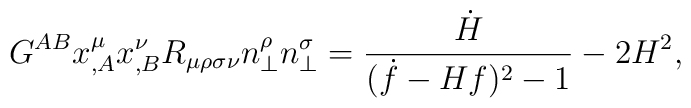
G^{AB}x^\mu_{,A}x^\nu_{,B}R_{\mu\rho\sigma\nu}n^\rho_\perp n^\sigma_\perp=\frac{\dot{H}}{(\dot{f}-Hf)^2-1}-2H^2,